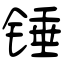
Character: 锤